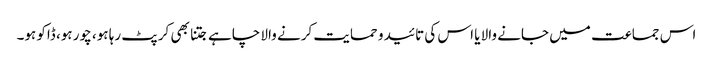
اس جماعت میں جانے والا یا اس کی تائید و حمایت کرنے والا چاہے جتنا بھی کرپٹ رہا ہو، چور ہو، ڈاکو ہو۔